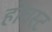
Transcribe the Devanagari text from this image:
होचस्ट